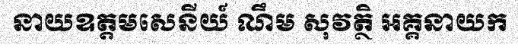
នាយឧត្តមសេនីយ៍ ណឹម សុវត្ថិ អគ្គនាយក